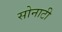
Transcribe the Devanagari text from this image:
सोनाटी